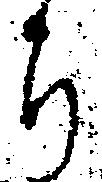
ち